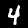
Digit: 4